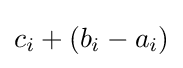
c_{i}+(b_{i}-a_{i})